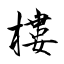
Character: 樓